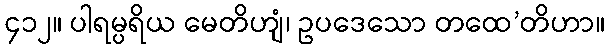
၄၁၂။ ပါရမ္ပရိယ မေတိဟျံ၊ ဥပဒေသော တထေ’တိဟာ။